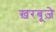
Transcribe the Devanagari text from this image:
ख़रबूज़े